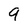
Character: 9